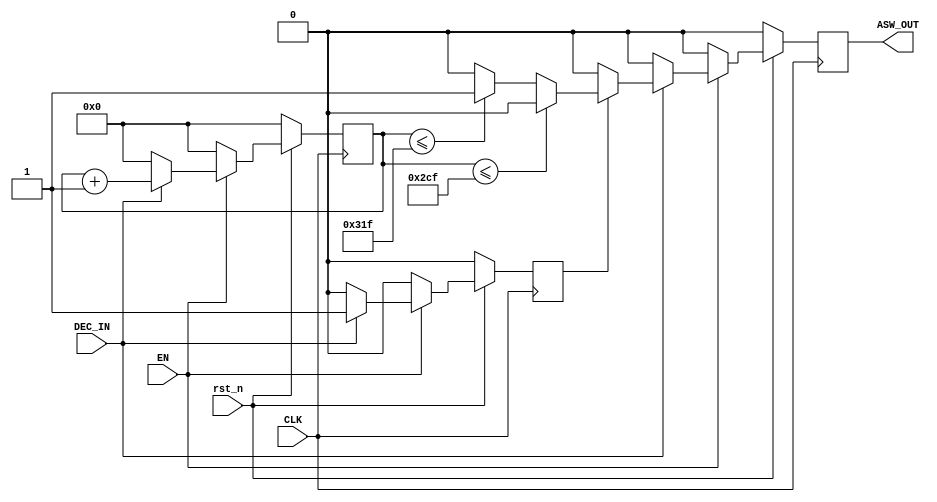
///////////////////////////////////////////////////////////////////////////////////////////////////
// Company: <Name>
//
// File history:
//      <Revision number>: <Date>: <Comments>
//      <Revision number>: <Date>: <Comments>
//      <Revision number>: <Date>: <Comments>
//
// Description: 
//
// <Description here>
//
// Targeted device: <Family::IGLOO> <Die::AGLN125V5> <Package::100 VQFP>
//
/////////////////////////////////////////////////////////////////////////////////////////////////// 

//`timescale <time_units> / <precision>

module modulator(EN, CLK, DEC_IN, rst_n, ASW_OUT);
input EN, CLK, DEC_IN, rst_n;
output reg ASW_OUT;

// indicate whether have seen a packet:
//    0 -> have not seen a packet before
//    1 -> have seen the packet
reg current_status;
reg [31:0] clk_counter;

initial begin
    clk_counter <= 32'd0;
    current_status <= 0;
    ASW_OUT <= 1'b0;
end

always @(posedge CLK)
begin
    if (~rst_n) begin
        clk_counter <= 32'd0;
        current_status <= 0;
        ASW_OUT <= 1'b0;
    end
    else if (~EN) begin
        clk_counter <= 32'd0;
        current_status <= 0;
        ASW_OUT <= 1'b0;
    end
    else if (DEC_IN) begin
        if (current_status == 1'b0)
        begin
            current_status <= 1'b1;
            clk_counter <= clk_counter + 1;
            ASW_OUT <= 1'b0;
        end
        else begin
            clk_counter <= clk_counter + 1;
            // Every count stands for 50ns
            // 719 for 36us, and 799 for 40us
            // for synchronization error: [-600, -450, -300, -150, 0, 150, 300, 450, 600]ns
            // the count would add [-12, -9, -6, -3, 0, 3, 6, 9, 12]
            // Final is:
            //          [707, 710, 713, 716, 719, 722, 725, 728, 731]
            //          [787, 790, 793, 796, 799, 802, 805, 808, 811]
            if (clk_counter <= 32'd719)
                ASW_OUT <= 1'b0;
            else if (clk_counter <= 32'd799)
                ASW_OUT <= 1'b1;
            else
                ASW_OUT <= 1'b0;
        end
    end
    else
    begin
        clk_counter <= 32'd0;
        current_status <= 0;
        ASW_OUT <= 1'b0;
    end
end

endmodule